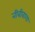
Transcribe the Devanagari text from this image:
नीबीबागा